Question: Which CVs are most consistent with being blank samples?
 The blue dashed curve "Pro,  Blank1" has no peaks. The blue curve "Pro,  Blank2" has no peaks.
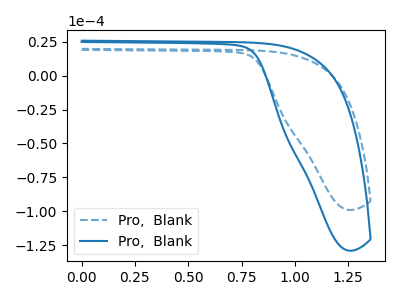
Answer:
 <answer>"Pro,  Blank1" and "Pro,  Blank2" are likely to be blanks.</answer>
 <eval>"Pro,  Blank1", "Pro,  Blank2"</eval>